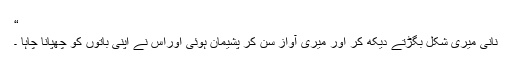
“
نانی میری شکل بگڑتے دیکھ کر اور میری آواز سن کر پشیمان ہوئی اوراس نے اپنی باتوں کو چھپانا چاہا ۔